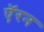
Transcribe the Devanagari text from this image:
ऍरन